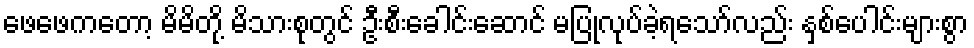
ဖေဖေကတော့ မိမိတို့ မိသားစုတွင် ဦးစီးခေါင်းဆောင် မပြုလုပ်ခဲ့ရသော်လည်း နှစ်ပေါင်းများစွာ